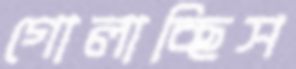
গোলাচ্ছিস